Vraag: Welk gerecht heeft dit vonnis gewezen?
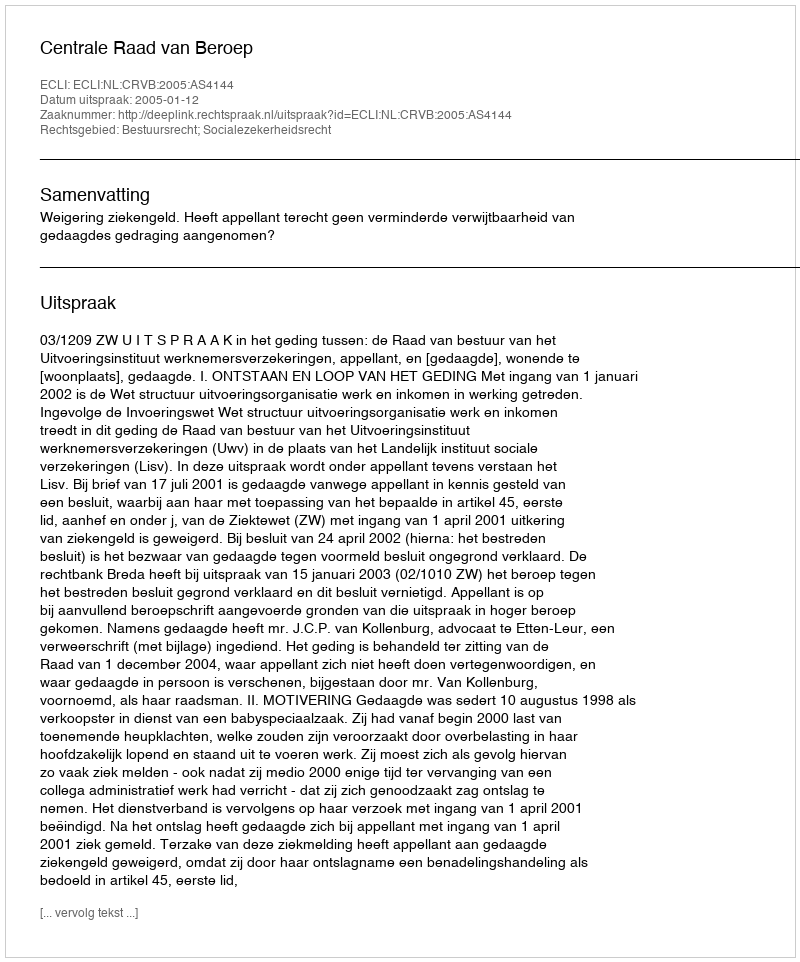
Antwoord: Centrale Raad van Beroep